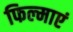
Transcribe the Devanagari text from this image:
फिल्माएं